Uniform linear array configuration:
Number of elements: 8
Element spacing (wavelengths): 1
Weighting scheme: hann
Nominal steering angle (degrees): -30
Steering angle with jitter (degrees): -29.441
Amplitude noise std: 0.05
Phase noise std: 0.05

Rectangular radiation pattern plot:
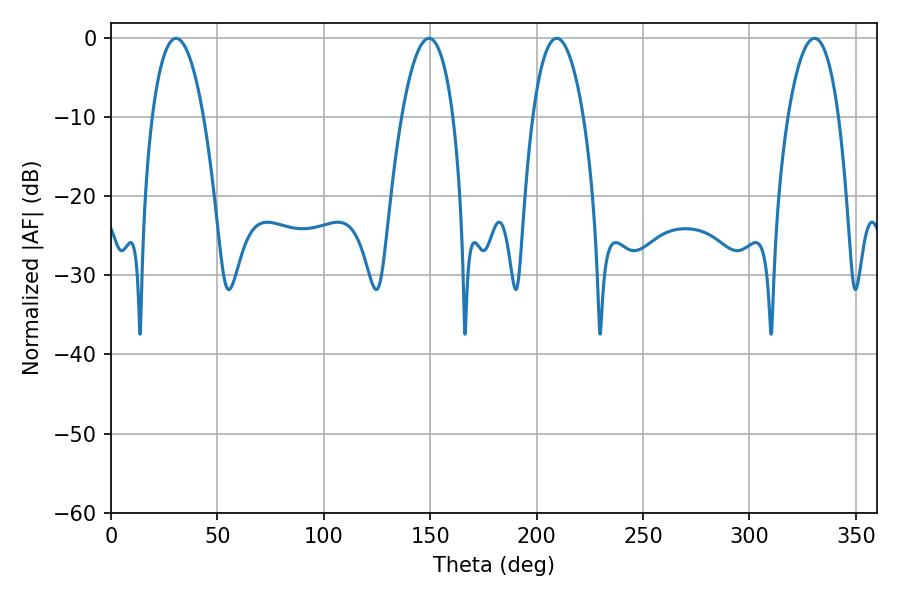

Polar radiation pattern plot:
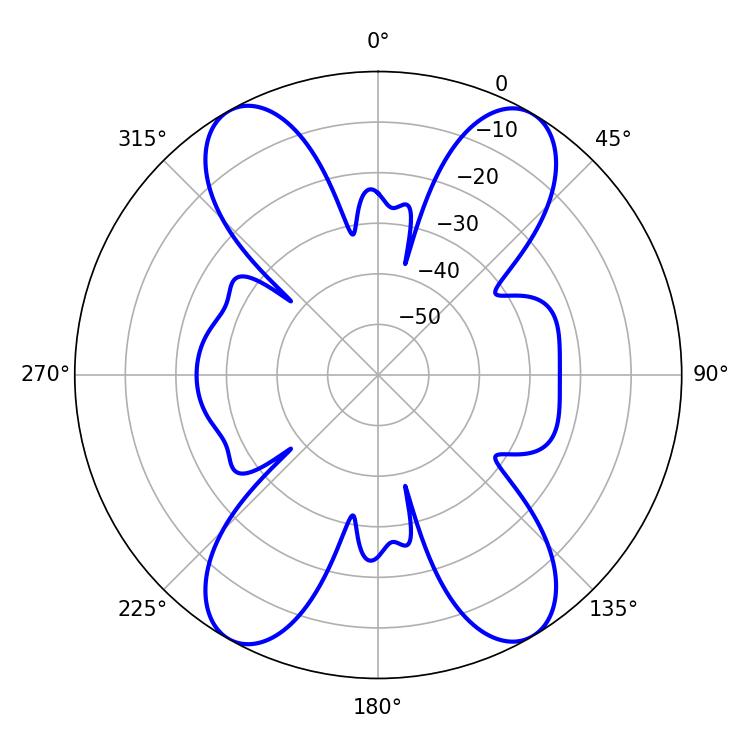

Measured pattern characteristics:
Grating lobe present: TRUE
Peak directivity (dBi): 21.636
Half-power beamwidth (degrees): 13.5
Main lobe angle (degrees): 30.6